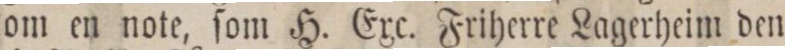
om en note, ſom H. Exc. Friherre Lagerheim den